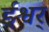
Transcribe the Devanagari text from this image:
ईश्वर्